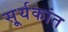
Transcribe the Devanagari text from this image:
सू्र्यकांत